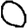
Digit: 0